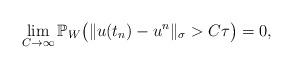
LaTeX: \begin{align*}\lim_{C\to\infty}\mathbb{P}_W\big( \|u(t_n)-u^n\|_\sigma>C\tau\big) =0,\end{align*}